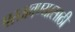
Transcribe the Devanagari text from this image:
परतावण्यासाठी